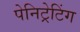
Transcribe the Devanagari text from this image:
पेनिट्रेटिंग